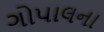
ગોપાલના